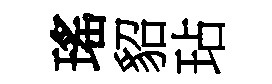
瑤貂玷